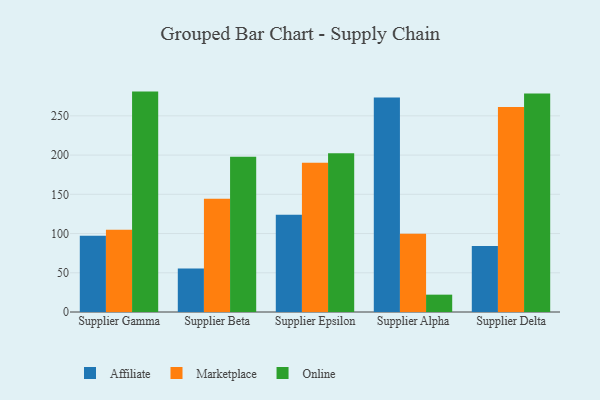
{"axis": {"x": "Supplier", "y": "Website Visitors"}, "legend": ["Affiliate", "Marketplace", "Online"], "data": [{"x": "Supplier Gamma", "y": 97.2, "type": "Affiliate"}, {"x": "Supplier Gamma", "y": 104.8, "type": "Marketplace"}, {"x": "Supplier Gamma", "y": 280.9, "type": "Online"}, {"x": "Supplier Beta", "y": 55.3, "type": "Affiliate"}, {"x": "Supplier Beta", "y": 144.4, "type": "Marketplace"}, {"x": "Supplier Beta", "y": 197.9, "type": "Online"}, {"x": "Supplier Epsilon", "y": 124.0, "type": "Affiliate"}, {"x": "Supplier Epsilon", "y": 190.1, "type": "Marketplace"}, {"x": "Supplier Epsilon", "y": 202.4, "type": "Online"}, {"x": "Supplier Alpha", "y": 273.3, "type": "Affiliate"}, {"x": "Supplier Alpha", "y": 99.7, "type": "Marketplace"}, {"x": "Supplier Alpha", "y": 22.1, "type": "Online"}, {"x": "Supplier Delta", "y": 84.1, "type": "Affiliate"}, {"x": "Supplier Delta", "y": 261.3, "type": "Marketplace"}, {"x": "Supplier Delta", "y": 278.6, "type": "Online"}]}